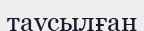
таусылған